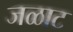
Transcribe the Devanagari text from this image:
जळाट